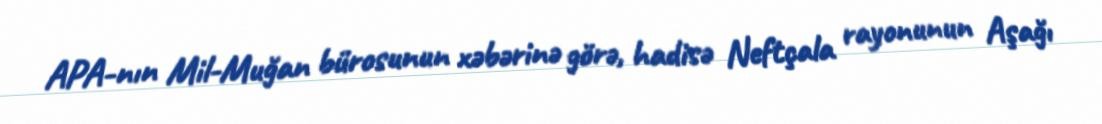
APA-nın Mil-Muğan bürosunun xəbərinə görə, hadisə Neftçala rayonunun Aşağı